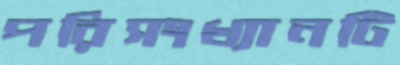
পরিসংখ্যানটি